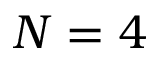
N = 4